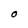
Character: O